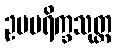
ဥပပရိက္ခသုတ္တ